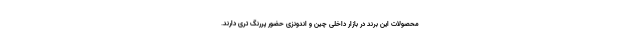
محصولات این برند در بازار داخلی چین و اندونزی حضور پررنگ تری دارند.